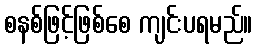
စနစ်ဖြင့်ဖြစ်စေ ကျင်းပရမည်။